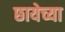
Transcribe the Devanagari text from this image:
छायेच्या